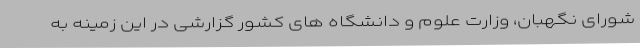
شورای نگهبان، وزارت علوم و دانشگاه های کشور گزارشی در این زمینه به